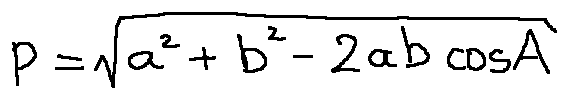
p = \sqrt { a ^ { 2 } + b ^ { 2 } - 2 a b \cos A }